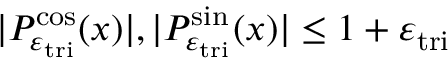
| P _ { \varepsilon _ { \mathrm { t r i } } } ^ { \cos } ( x ) | , | P _ { \varepsilon _ { \mathrm { t r i } } } ^ { \sin } ( x ) | \leq 1 + \varepsilon _ { \mathrm { t r i } }